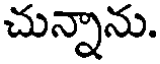
చున్నాను.